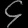
Digit: ၄